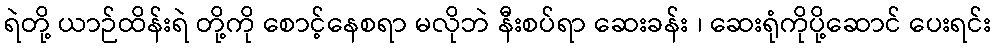
ရဲတို့ ယာဉ်ထိန်းရဲ တို့ကို စောင့်နေစရာ မလိုဘဲ နီးစပ်ရာ ဆေးခန်း ၊ ဆေးရုံကိုပို့ဆောင် ပေးရင်း